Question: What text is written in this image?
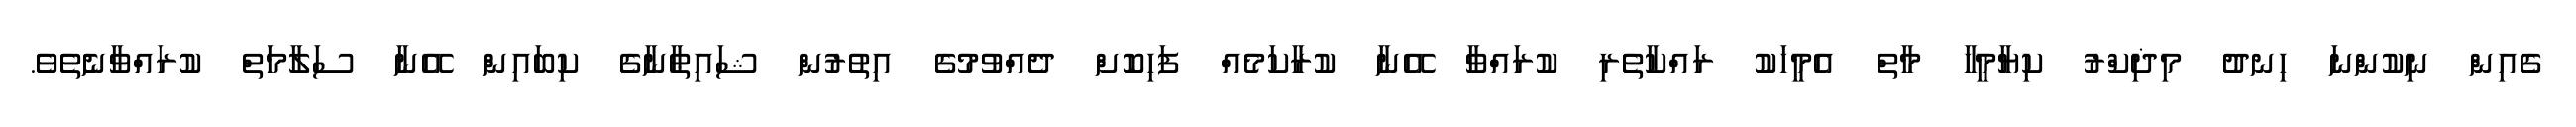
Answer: ގެއިން ނިކުންނަ ހިނދު މިޛިކްރު ކިޔާމީހާ މާތް އެމީހަކު ރައްކާތެރި ކުރައްވާ އޭނާ ކުރާކަމެއް ފަހިކޮށް ދެއްވުމުގެ އިތުރުން ޝައިޠާނާގެ ކިބައިން އޭނާ ސަލާމަތް ކުރައްވާނެތެވެ.